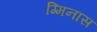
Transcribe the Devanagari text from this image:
ग्मिनास